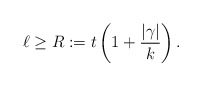
\begin{align*}\ell\geq R:=t\left(1+\frac{\lvert\gamma\rvert}k\right).\end{align*}